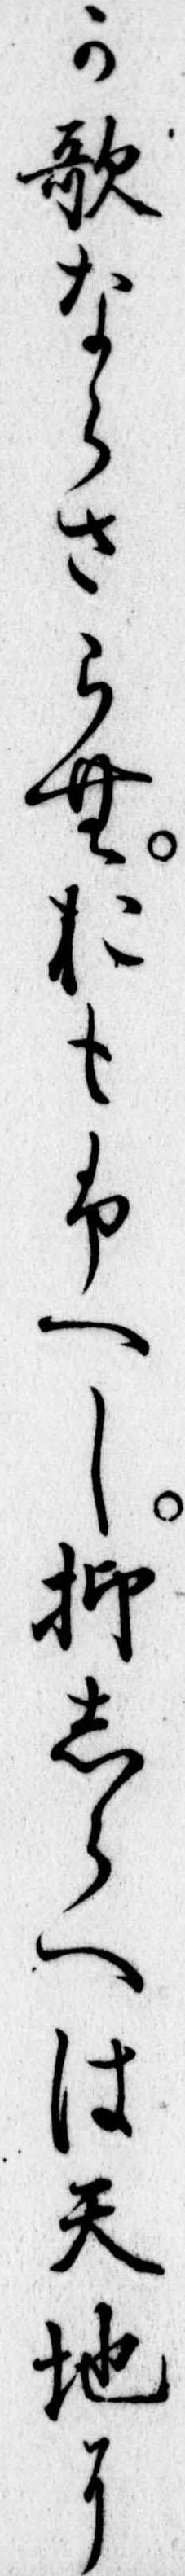
か歌ならさらむおもふへし抑しらへは天地に